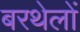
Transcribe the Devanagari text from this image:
बरथेलों